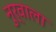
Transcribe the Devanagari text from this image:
नुर्वाला